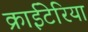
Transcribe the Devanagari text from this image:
क्राईटेरिया